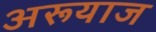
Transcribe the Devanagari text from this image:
अरूयाज